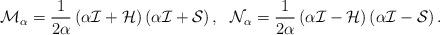
LaTeX: \begin{align*} { \mathcal{M}}_\alpha= \frac{1}{2\alpha}\left( \alpha \mathcal I + \mathcal H \right)\left( \alpha \mathcal I + \mathcal S \right), ~~{\mathcal N}_\alpha=\frac{1}{2\alpha}\left( \alpha \mathcal I - \mathcal H \right)\left( \alpha \mathcal I -\mathcal S \right).\end{align*}